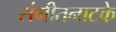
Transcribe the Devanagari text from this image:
संगीतनाटके